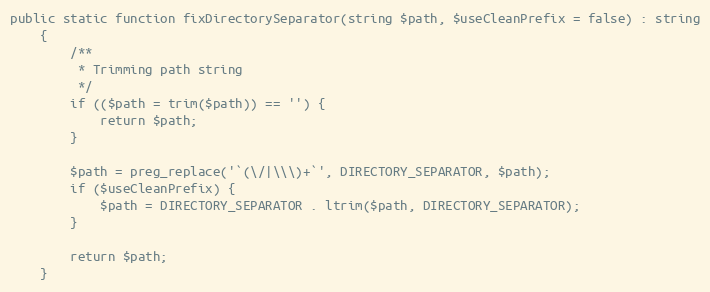
Language: PHP
public static function fixDirectorySeparator(string $path, $useCleanPrefix = false) : string
    {
        /**
         * Trimming path string
         */
        if (($path = trim($path)) == '') {
            return $path;
        }

        $path = preg_replace('`(\/|\\\)+`', DIRECTORY_SEPARATOR, $path);
        if ($useCleanPrefix) {
            $path = DIRECTORY_SEPARATOR . ltrim($path, DIRECTORY_SEPARATOR);
        }

        return $path;
    }